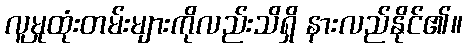
လူမှုထုံးတမ်းများကိုလည်းသိရှိ နားလည်နိုင်၏။